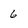
Character: 6